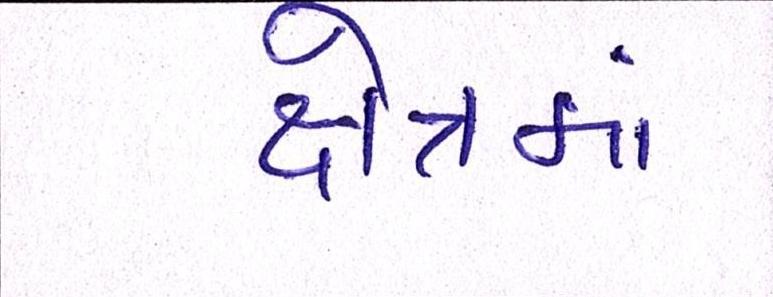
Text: ક્ષેત્રમાં